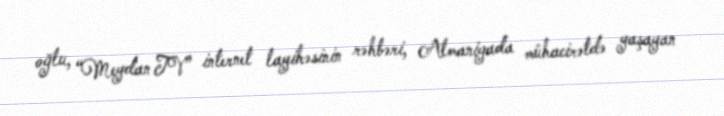
oğlu, “Meydan TV” internet layihəsinin rəhbəri, Almaniyada mühacirətdə yaşayan